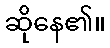
ဆိုနေ၏။